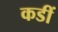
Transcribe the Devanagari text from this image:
कडीं